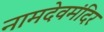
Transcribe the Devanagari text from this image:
नामदेवमंदिर